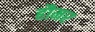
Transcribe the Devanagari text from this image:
हौमर